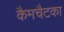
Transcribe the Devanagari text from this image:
कैमचैटका